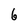
Character: 6